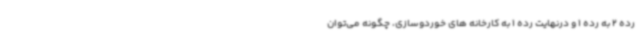
رده 2 به رده 1 و درنهایت رده 1 به کارخانه های خوردوسازی، چگونه می‌توان